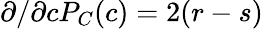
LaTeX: \partial/\partial cP_{C}(c)=2(r-s)